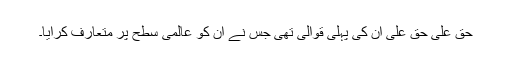
حق علی حق علی ان کی پہلی قوالی تھی جس نے ان کو عالمی سطح پر متعارف کرایا۔